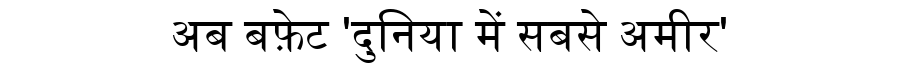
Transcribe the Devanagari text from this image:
अब बफ़ेट 'दुनिया में सबसे अमीर'